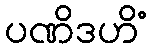
ပဏိဒဟိံ